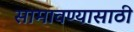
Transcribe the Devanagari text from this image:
सामावण्यासाठी